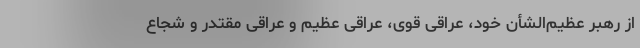
از رهبر عظیم‌الشأن خود، عراقی قوی، عراقی عظیم و عراقی مقتدر و شجاع